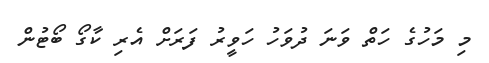
މި މަހުގެ ހަތް ވަނަ ދުވަހު ހަވީރު ފަރަށް އެރި ކާގޯ ބޯޓުން